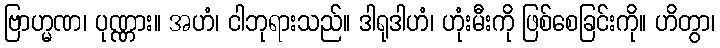
ဗြာဟ္မဏ၊ ပုဏ္ဏား။ အဟံ၊ ငါဘုရားသည်။ ဒါရုဒါဟံ၊ ဟုံးမီးကို ဖြစ်စေခြင်းကို။ ဟိတွာ၊